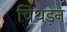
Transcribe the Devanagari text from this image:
चिथड़न